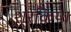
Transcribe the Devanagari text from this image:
शरक़िया